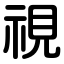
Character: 視